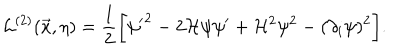
LaTeX: { \cal L } ^ { ( 2 ) } ( \vec { x } , \eta ) = \frac { 1 } { 2 } \biggl [ { \psi ^ { \prime } } ^ { 2 } - 2 { \cal H } \psi \psi ^ { \prime } + { \cal H } ^ { 2 } \psi ^ { 2 } - ( \partial _ { i } \psi ) ^ { 2 } \biggr ] .